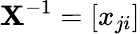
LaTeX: \mathbf{X}^{-1}=[x_{ji}]